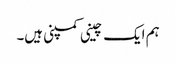
ہم ایک چینی کمپنی ہیں۔